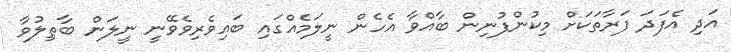
އަދި އެފަދަ ފަރާތަކަށް މިކުންފުނިން ބާއްވާ އެހެން ނީލަމެއްގައި ބައިވެރިވެވޭނީ ނީލަން ބާޠިލުވާ